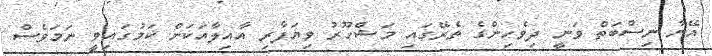
އޭނާ ނިސްބަތް ވަނީ ދިވެހިންގެ ތެރޭގައި މަޝްހޫރު ވިޔަފާރި އާއިލާއަކަށް ކަމުގައިވީ ނަމަވެސް